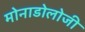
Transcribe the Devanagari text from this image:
मोनाडोलोजी